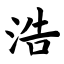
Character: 浩